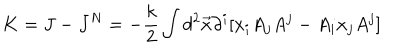
LaTeX: K = J - J ^ { N } = - \frac { k } { 2 } \int d ^ { 2 } \vec { x } \partial ^ { i } [ x _ { i } A _ { j } A ^ { j } - A _ { i } x _ { j } A ^ { j } ]